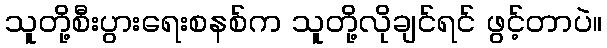
သူတို့စီးပွားရေးစနစ်က သူတို့လိုချင်ရင် ဖွင့်တာပဲ။